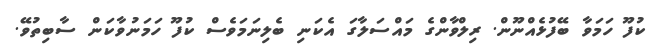
ކުފޫ ހަމަވާ ބޭފުޅެއްނޫން. ރިލްްވާންގެ މައްސަލާގަ އެކަނި ބެލިނަމަވެސް ކުފޫ ހަމަނުވާކަން ސާބިތުވޭ.